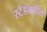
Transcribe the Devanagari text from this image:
स्टँडमधील